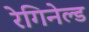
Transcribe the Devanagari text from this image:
रेगिनेल्‍ड